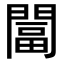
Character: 𨵩